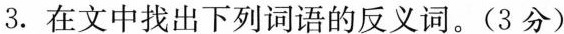
3. 在文中找出下列词语的反义词。(3分)